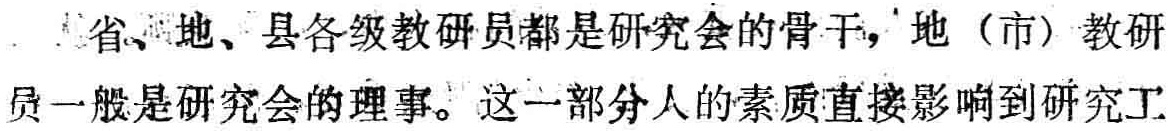
省、地、县各级教研员都是研究会的骨干，地（市）教研员一般是研究会的理事。这一部分人的素质直接影响到研究工